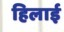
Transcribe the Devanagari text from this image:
हिलाई